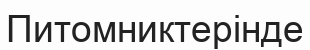
Питомниктерінде